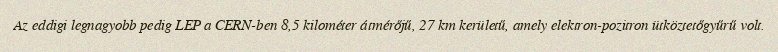
Az eddigi legnagyobb pedig LEP a CERN-ben 8,5 kilométer átmérőjű, 27 km kerületű, amely elektron-pozitron ütköztetőgyűrű volt.